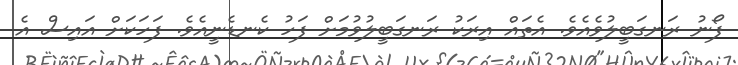
ފޯނު ރަނގަބީލުވެއެވެ. އެތައް އިރަކު ރަނގަބީލުވުމަށް ފަހު ކެނޑެނީއެވެ. ފަހަކަށް އައިސް އެ